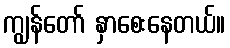
ကျွန်တော် နှာစေးနေတယ်။